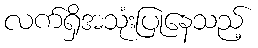
လက်ရှိအသုံးပြုနေသည့်